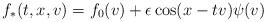
LaTeX: \begin{align*} f_*(t,x,v)=f_0(v)+ \epsilon \cos(x-tv) \psi(v) \end{align*}